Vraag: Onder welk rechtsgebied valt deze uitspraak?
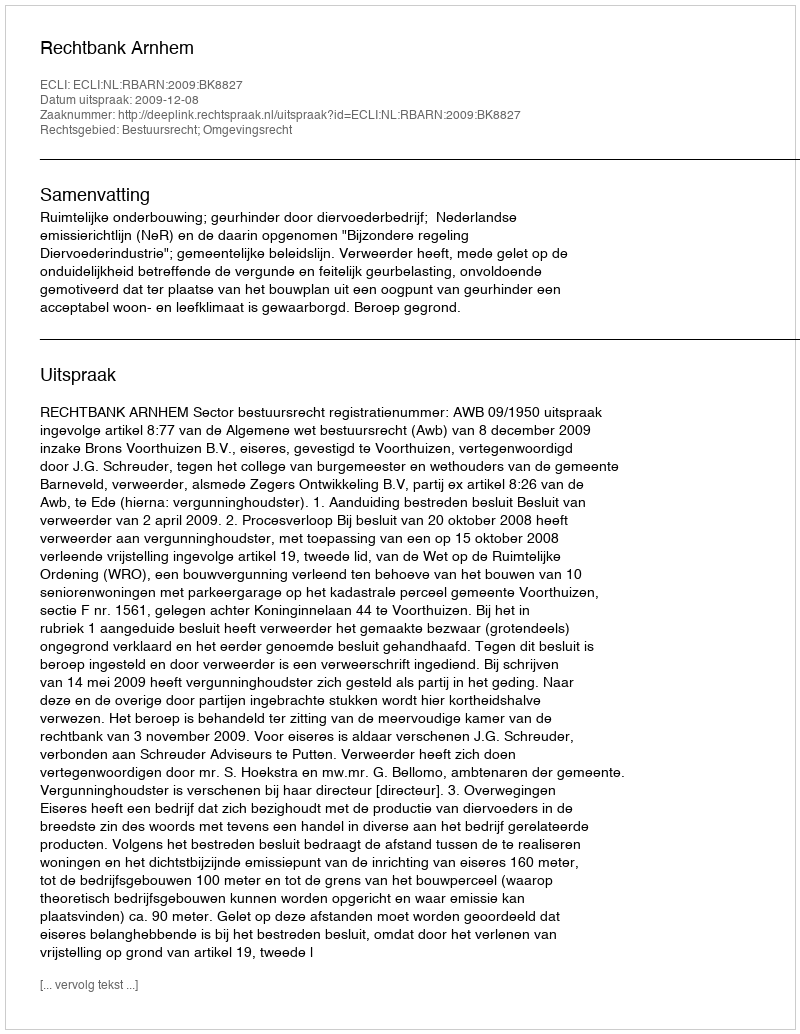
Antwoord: Bestuursrecht; Omgevingsrecht